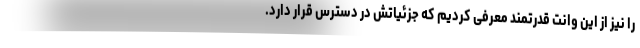
را نیز از این وانت قدرتمند معرفی کردیم که جزئیاتش در دسترس قرار دارد.